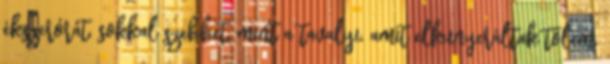
ékszerórát, sokkal szebbet, mint a tavalyi, amit elkunyeráltak tőlem.